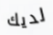
لديك